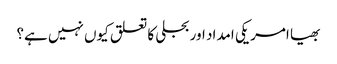
بھیا امریکی امداد اور بجلی کا تعلق کیوں نہیں ہے؟